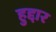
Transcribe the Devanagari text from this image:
हुद्दार